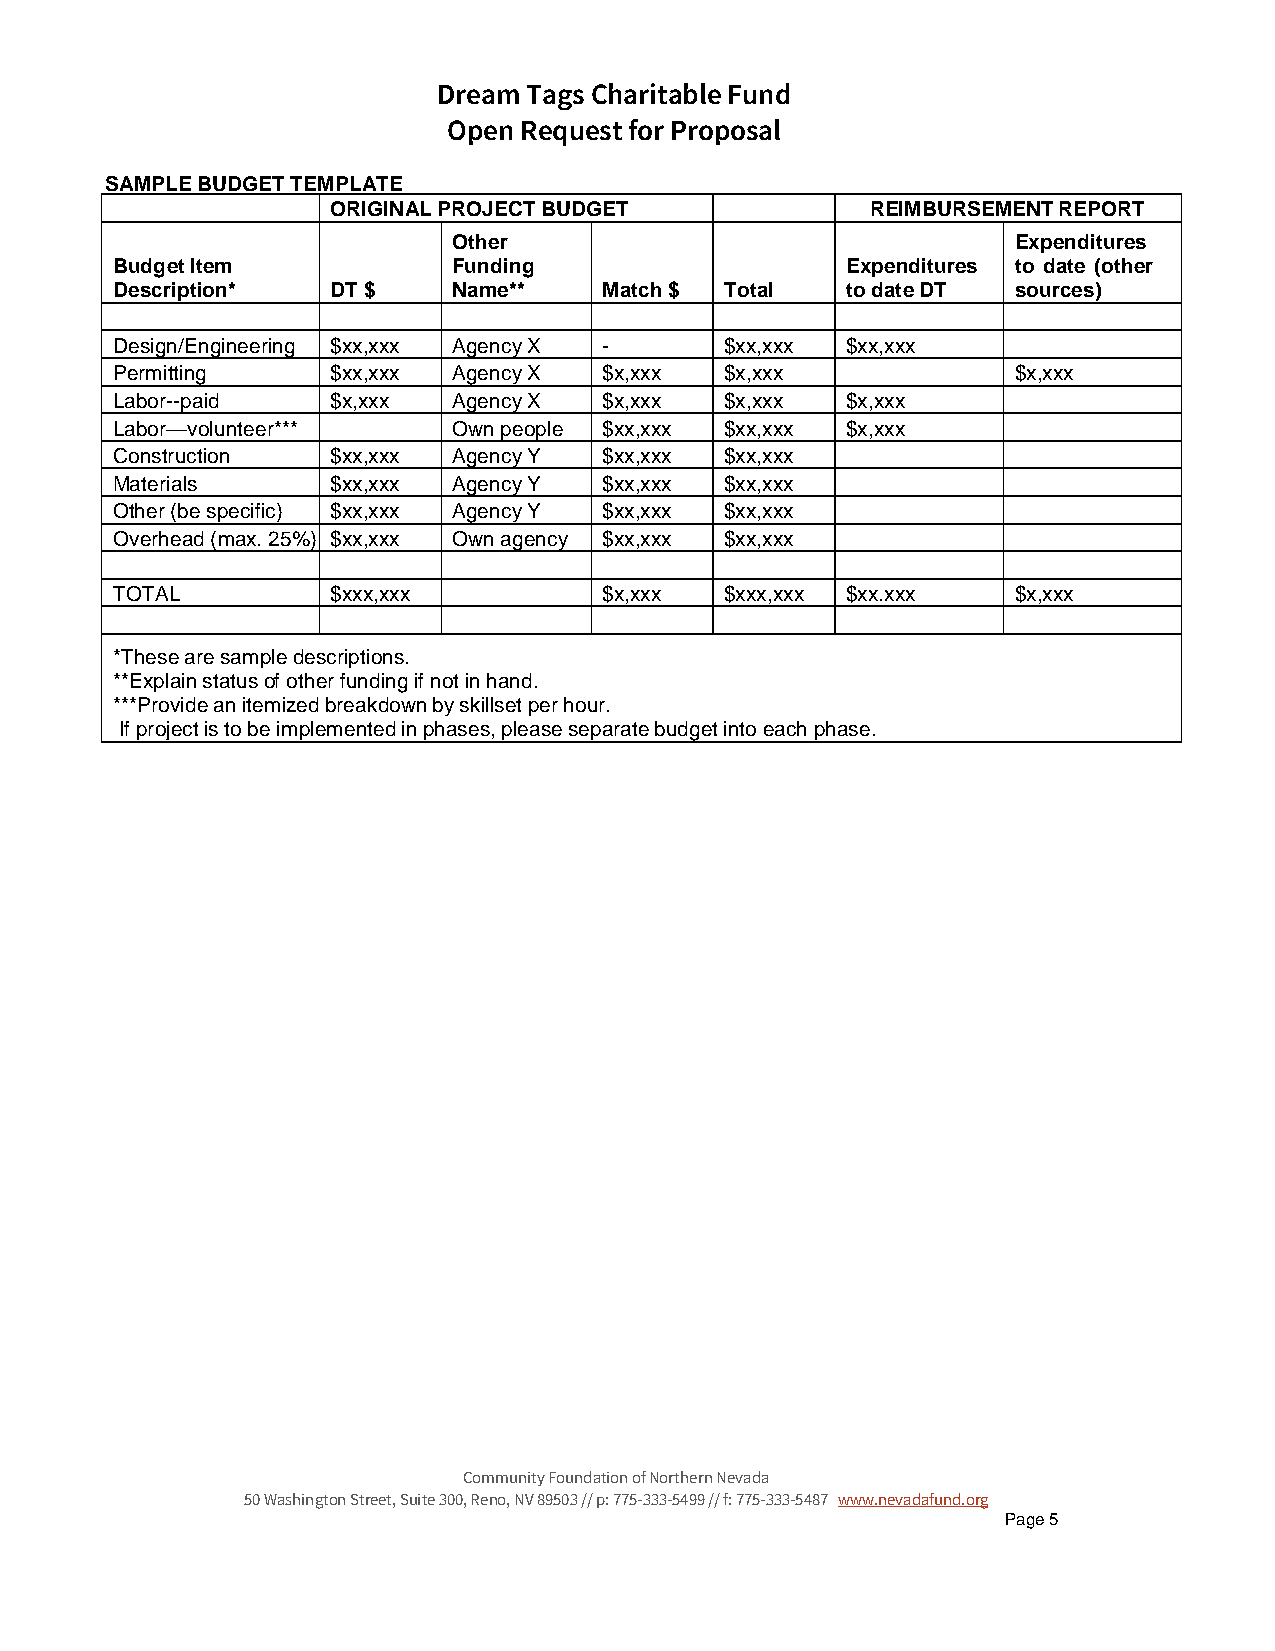
Dream Tags Charitable Fund
 Open Request for Proposal
 SAMPLE BUDGET TEMPLATE
 ORIGINAL PROJECT BUDGET             REIMBURSEMENT REPORT
 Other                                Expenditures
 Budget Item            Funding                   Expenditures to date (other
 Description*   DT $    Name**    Match $ Total   to date DT sources)
 Design/Engineering $xx,xxx Agency X -    $xx,xxx $xx,xxx
 Permitting     $xx,xxx Agency X  $x,xxx  $x,xxx             $x,xxx
 Labor--paid    $x,xxx  Agency X  $x,xxx  $x,xxx  $x,xxx
 Labor—volunteer***     Own people $xx,xxx $xx,xxx $x,xxx
 Construction   $xx,xxx Agency Y  $xx,xxx $xx,xxx
 Materials      $xx,xxx Agency Y  $xx,xxx $xx,xxx
 Other (be specific) $xx,xxx Agency Y $xx,xxx $xx,xxx
 Overhead (max. 25%) $xx,xxx Own agency $xx,xxx $xx,xxx
 TOTAL          $xxx,xxx          $x,xxx  $xxx,xxx $xx.xxx   $x,xxx
 *These are sample descriptions.
 **Explain status of other funding if not in hand.
 ***Provide an itemized breakdown by skillset per hour.
 If project is to be implemented in phases, please separate budget into each phase.
 Community Foundation of Northern Nevada
 50 Washington Street, Suite 300, Reno, NV 89503 // p: 775-333-5499 // f: 775-333-5487 www.nevadafund.org
 Page 5